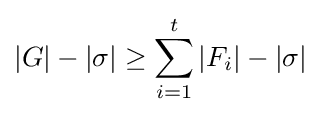
|G|-|\sigma |\geq \sum _{i=1}^{t}|F_{i}|-|\sigma |